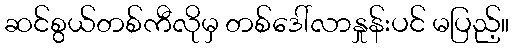
ဆင်စွယ်တစ်ကီလိုမှ တစ်ဒေါ်လာနှုန်းပင် မပြည့်။